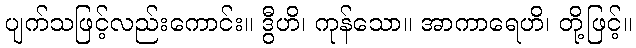
ပျက်သဖြင့်လည်းကောင်း။ ဒွီဟိ၊ ကုန်သော။ အာကာရေဟိ၊ တို့ဖြင့်။